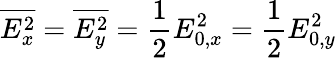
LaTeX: \overline{{E_{x}^{2}}}=\overline{{E_{y}^{2}}}=\frac{1}{2}E_{0,x}^{2}=\frac{1}{2}E_{0,y}^{2}